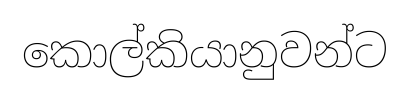
කොල්කියානුවන්ට